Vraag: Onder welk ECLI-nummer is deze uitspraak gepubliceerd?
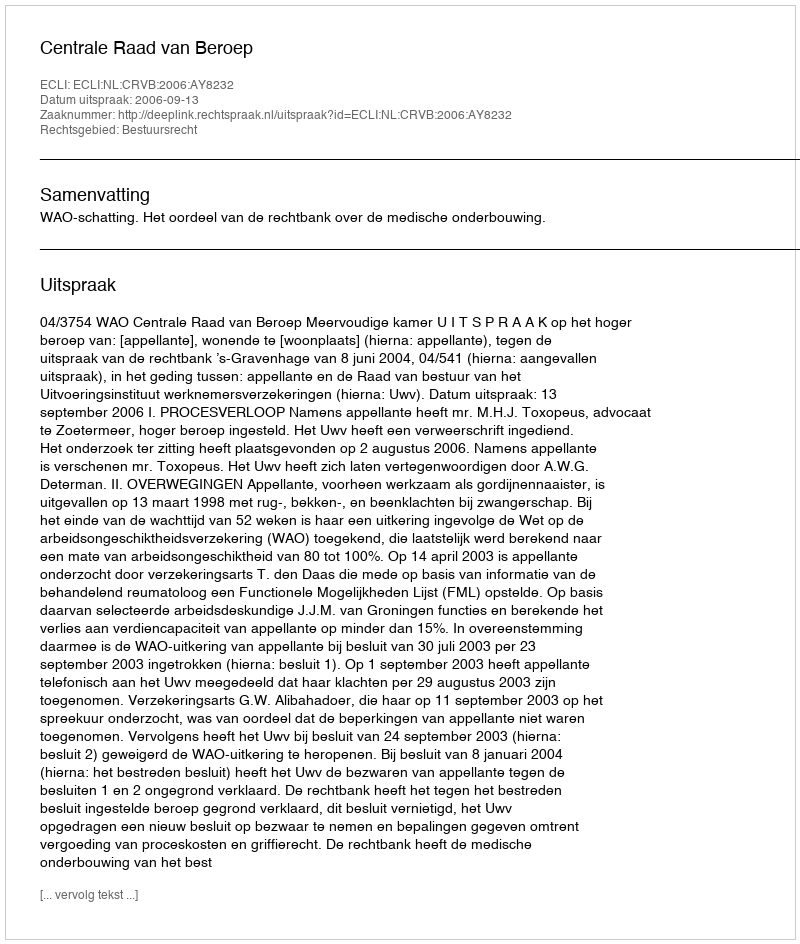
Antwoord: ECLI:NL:CRVB:2006:AY8232